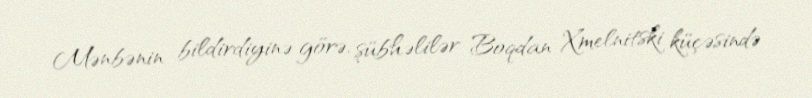
Mənbənin bildirdiyinə görə, şübhəlilər Boqdan Xmelnitski küçəsində